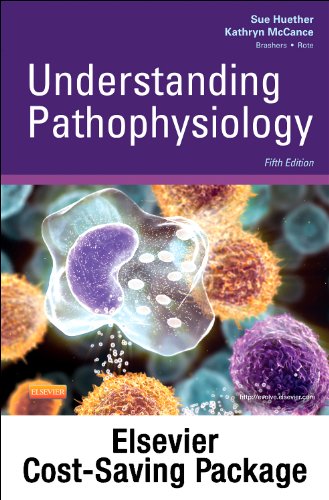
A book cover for Pathophysiology Online for Understanding Pathophysiology (Access Code and Textbook Package), 5e; Sue E. Huether RN  PhD; Medical Books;